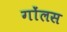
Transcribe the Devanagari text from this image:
गोंलस